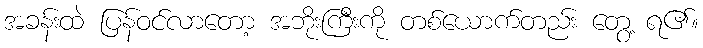
အခန်းထဲ ပြန်ဝင်လာတော့ အဘိုးကြီးကို တစ်ယောက်တည်း တွေ့ ရ၏။